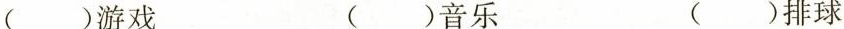
( )游戏 ( )音乐 ( )排球